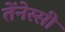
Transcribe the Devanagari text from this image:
तेंनेस्सी